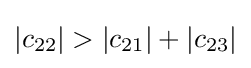
|c_{22}|>|c_{21}|+|c_{23}|